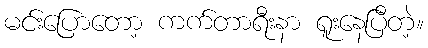
မင်းပြောတော့ ကက်တာရီးနာ ရူးနေပြီတဲ့။